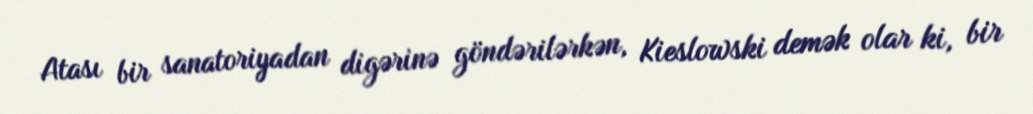
Atası bir sanatoriyadan digərinə göndərilərkən, Kieslowski demək olar ki, bir